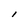
Character: l